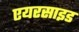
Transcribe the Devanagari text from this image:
एयरसाइड